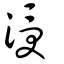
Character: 涭